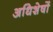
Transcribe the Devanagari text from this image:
अधिशेषों